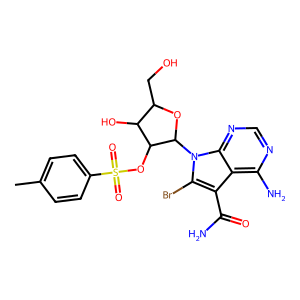
SMILES: Cc1ccc(S(=O)(=O)OC2C(O)C(CO)OC2n2c(Br)c(C(N)=O)c3c(N)ncnc32)cc1
Inhibits HIV replication: No